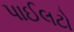
પાઈલટો